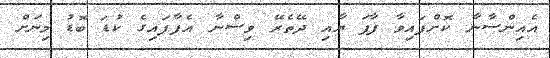
އެއިންސާނާ ކޮށްފައިވާ ފާފަ ޔާއި ދޭތެރޭ ވިސްނާ އެފާފައިގެ ކުޑަ ބޮޑު މިނަށް